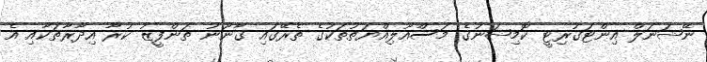
ނޭޝަނަލް އިންޓަގުރިޓީ ކޮމިޝަނުގެ މަސްއޫލިއްޔަތުތަކުގެ ތެރޭގައި ގާނޫނު ތަންފީޒު ކުރާ އިދާރާތަކާއި އެ